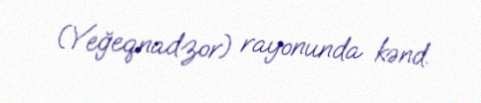
(Yeğeqnadzor) rayonunda kənd.